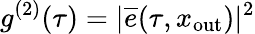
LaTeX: g^{(2)}(\tau)=|\overline{{e}}(\tau,x_{\mathrm{out}})|^{2}